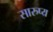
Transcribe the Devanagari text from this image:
सारुप्य